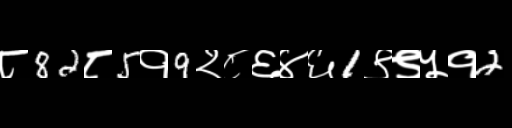
Text: ८82८5१9२८६४६1९९५१2